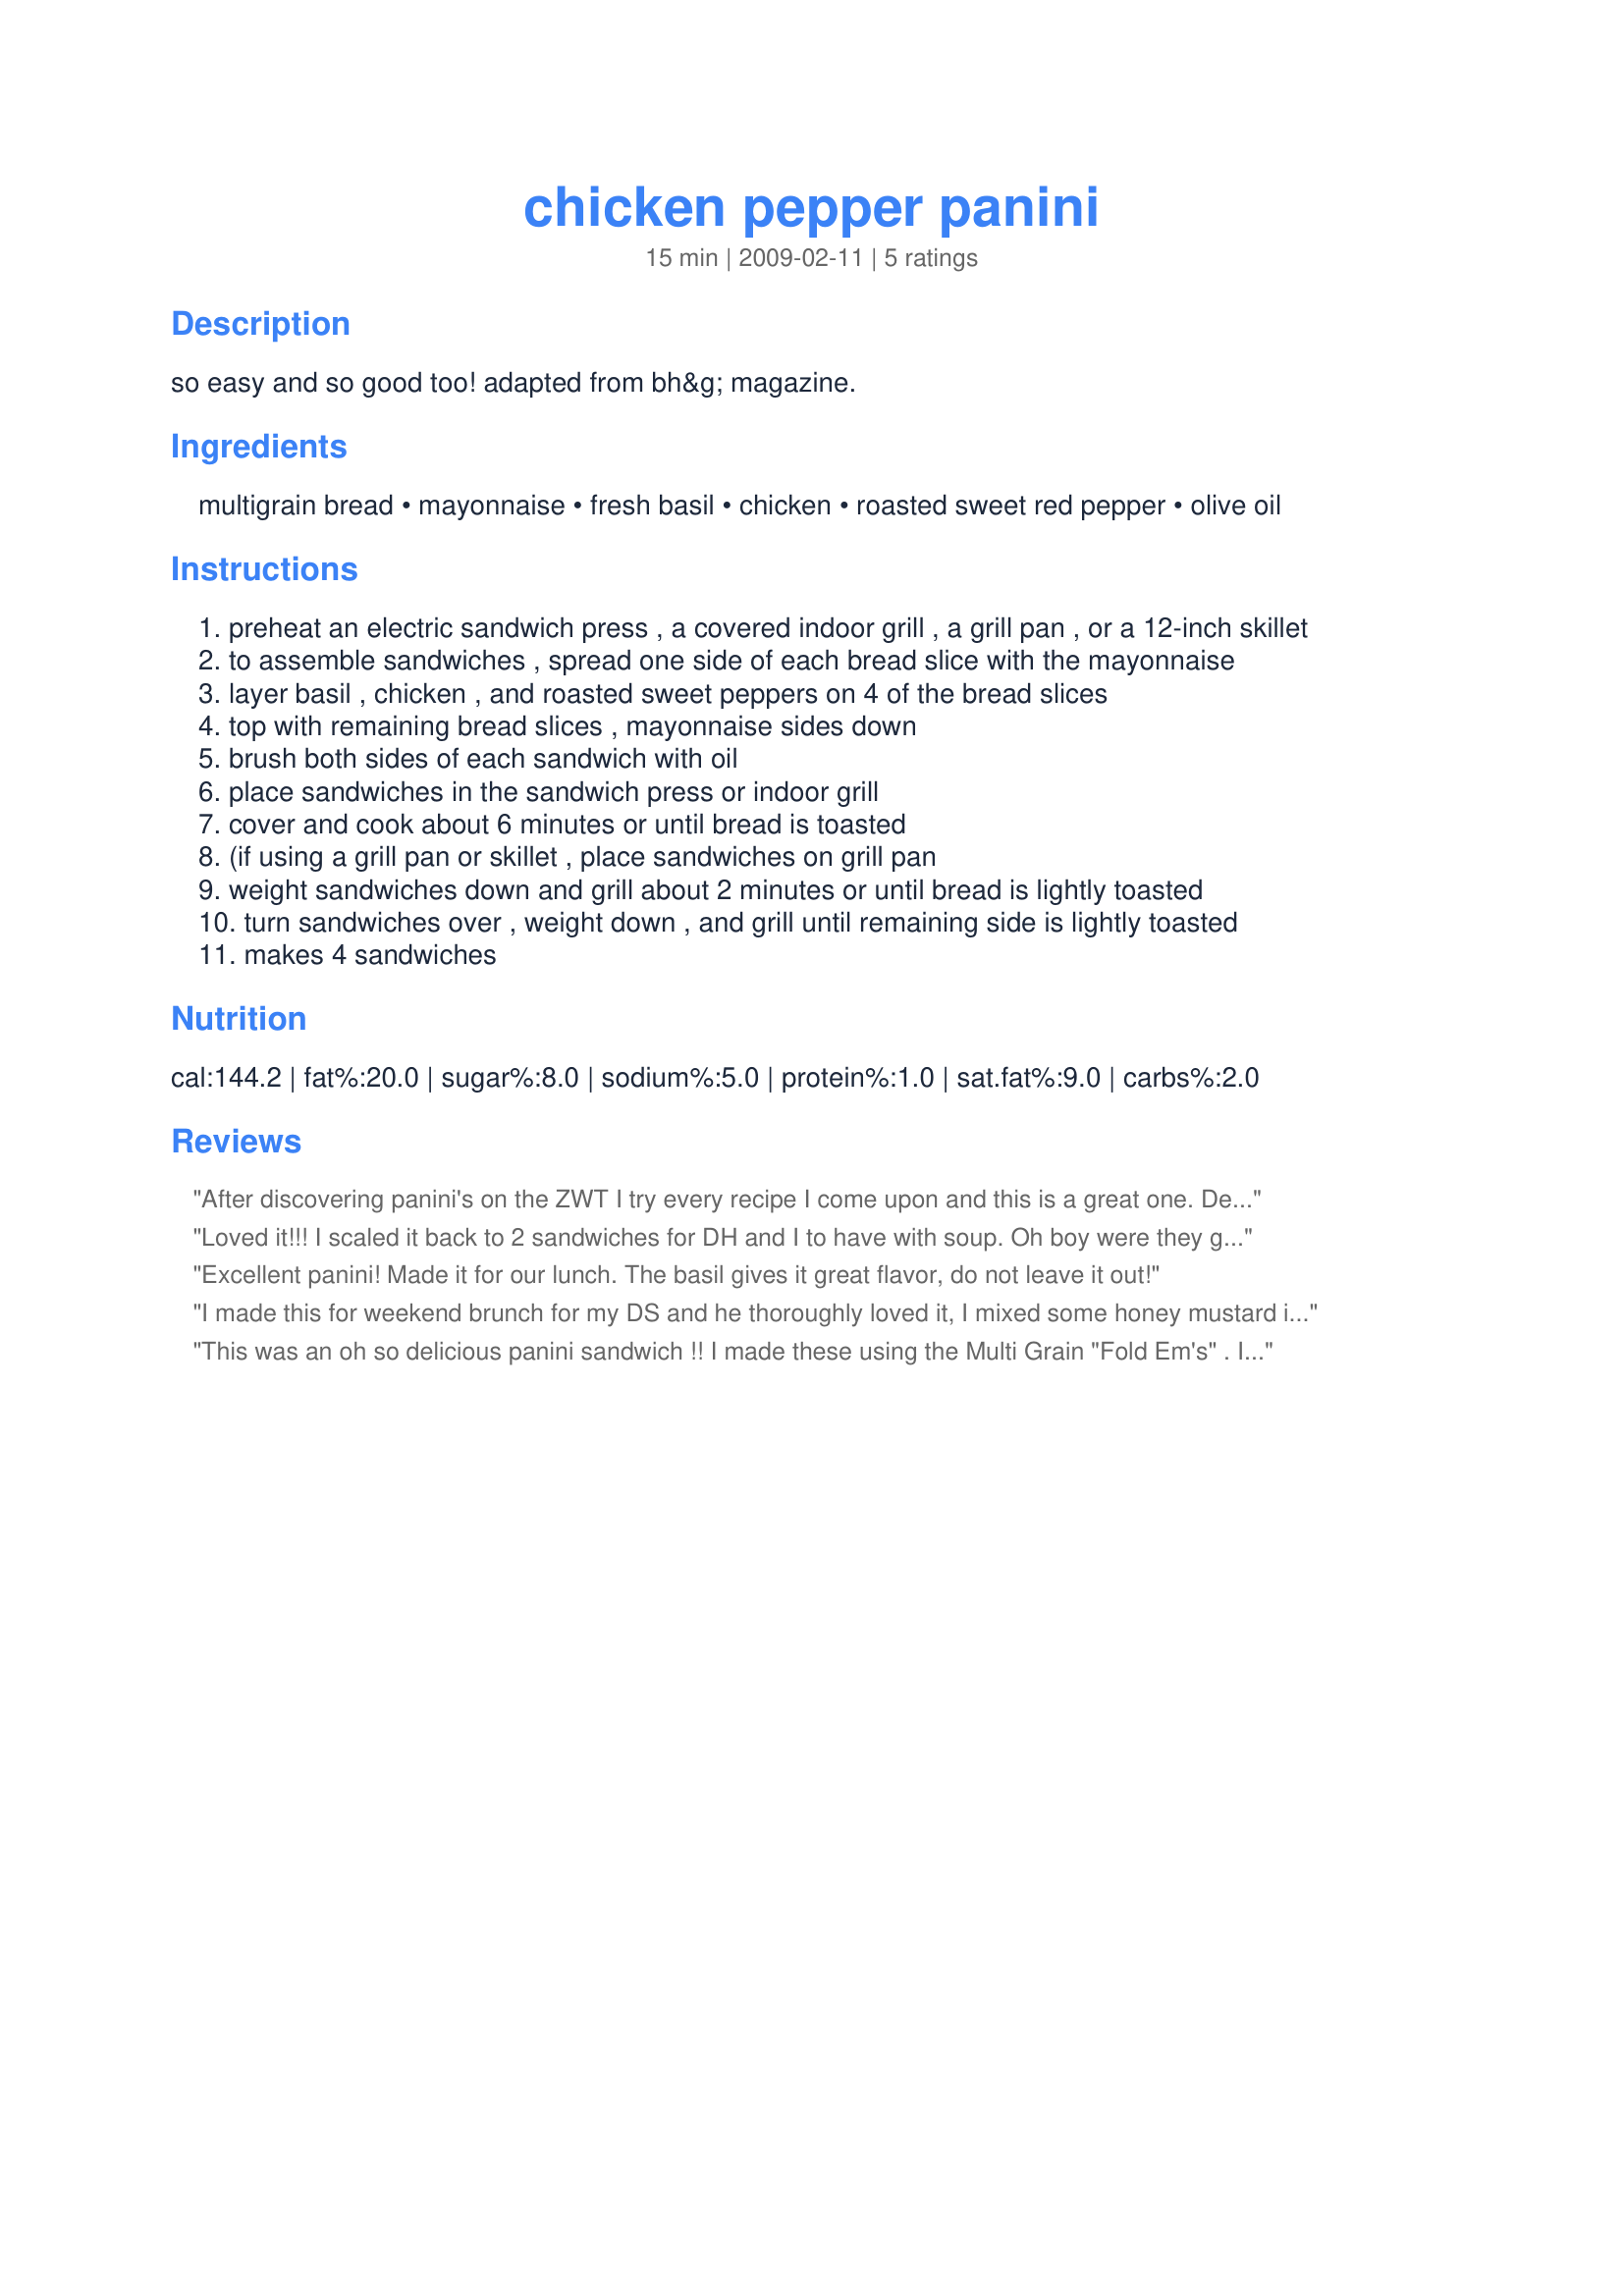
chicken pepper panini
Preparation time: 15 minutes

so easy and so good too! adapted from bh&g magazine.

Ingredients:
multigrain bread, mayonnaise, fresh basil, chicken, roasted sweet red pepper, olive oil

Steps:
preheat an electric sandwich press , a covered indoor grill , a grill pan , or a 12-inch skillet
to assemble sandwiches , spread one side of each bread slice with the mayonnaise
layer basil , chicken , and roasted sweet peppers on 4 of the bread slices
top with remaining bread slices , mayonnaise sides down
brush both sides of each sandwich with oil
place sandwiches in the sandwich press or indoor grill
cover and cook about 6 minutes or until bread is toasted
(if using a grill pan or skillet , place sandwiches on grill pan
weight sandwiches down and grill about 2 minutes or until bread is lightly toasted
turn sandwiches over , weight down , and grill until remaining side is lightly toasted
makes 4 sandwiches

Reviews:
After discovering panini's on the ZWT I try every recipe I come upon and this is a great one. Delicious and easy to make. I used fresh basil and ciabatta bread. Made for PRMR.
Loved it!!! I scaled it back to 2 sandwiches for DH and I to have with soup. Oh boy were they good. As I was eating I mentioned that I thought I would add some goat cheese next time. DH disagrees - he liked them just the way they are so next time I'll have mine with the addition of goat cheese and he can have his as written. I made ciabatta rolls for the first time and used homemade roasted peppers and grilled a chicken breast as I don't care for deli chicken. There was very little basil left in the garden so I used half basil and half baby spinach. A lovely hearty sandwich. Thanks you for sharing Sharon!
Excellent panini! Made it for our lunch. The basil gives it great flavor, do not leave it out!
I made this for weekend brunch for my DS and he thoroughly loved it, I mixed some honey mustard in with the mayo and used grilled chicken that I grilled on my indoor grill and had frozen in my freezer, this was so good, thanks Shar!
This was an oh so delicious panini sandwich !! I made these using the Multi Grain "Fold Em's" . I had used some mayo/dijon mixture I had leftover from another recipe. And I did use the fresh Basil with a few spinach leaves, the fresh basil definitely gives it a great flavor. I had grilled the chicken breast the night before with some jerk seasonings. Prepared everything together in the morning and then just assembled the sandwich for the panini at lunch time. Made this to go with Recipe #420528 The flavors worked out together so good. This is a great sandwich with so much flavor with the basil. Thanks for sharing your recipe Sharon. Made in memory of Sharon's DH.
